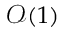
\mathcal { O } ( 1 )